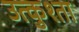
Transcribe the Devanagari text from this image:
उत्कुश्ता